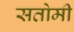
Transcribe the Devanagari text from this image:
सतोमी